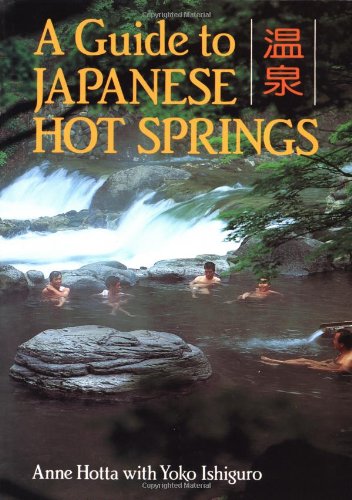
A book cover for A Guide to Japanese Hot Springs; Anne Hotta; Travel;